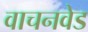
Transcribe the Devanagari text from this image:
वाचनवेड